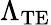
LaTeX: \Lambda_{\mathrm{TE}}